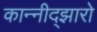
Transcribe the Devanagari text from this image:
कान्नीद्झारो